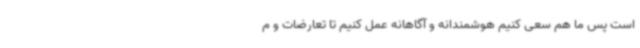
است پس ما هم سعی کنیم هوشمندانه و آگاهانه عمل کنیم تا تعارضات و م